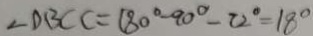
\angle D B C C = 1 8 0 ^ { \circ } - 9 0 ^ { \circ } - 7 2 ^ { \circ } = 1 8 ^ { \circ }